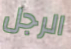
الرجل